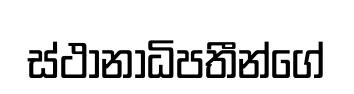
ස්ථානාධිපතීන්ගේ